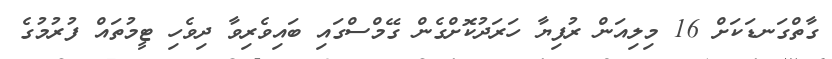
ގާތްގަނޑަކަށް 16 މިލިއަން ރުފިޔާ ހަރަދުކޮށްގެން ގޭމްސްގައި ބައިވެރިވާ ދިވެހި ޓީމުތައް ފުރުމުގެ